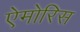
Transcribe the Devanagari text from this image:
ऐमोरिस